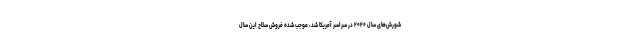
شورش‌های سال ۲۰۲۰ در سراسر آمریکا شد، موجب شده فروش سلاح این سال